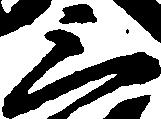
三